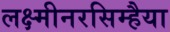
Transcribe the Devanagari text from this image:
लक्ष्मीनरसिम्हैया